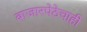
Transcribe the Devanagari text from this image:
बाजारपेठेचाही